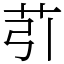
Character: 䒡